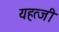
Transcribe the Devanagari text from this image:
यहत्जी